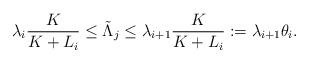
LaTeX: \begin{align*}\lambda_{i} \frac{K}{K+L_i} \leq \tilde{\Lambda}_{j} \leq \lambda_{i+1} \frac{K}{K+L_i} := \lambda_{i+1}\theta_i.\end{align*}